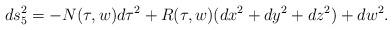
LaTeX: \begin{align*}ds_5^2 = -N(\tau,w)d\tau^2 + R(\tau,w)(dx^2+dy^2+dz^2) + dw^2. \end{align*}